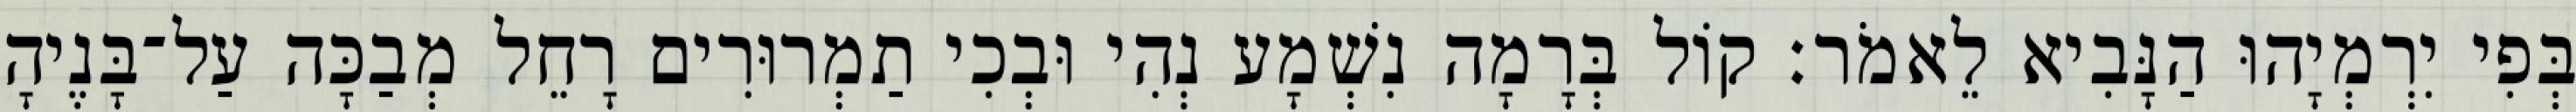
בְּפִי יִרְמְיָהוּ הַנָּבִיא לֵאמֹר׃ קוֹל בְּרָמָה נִשְׁמָע נְהִי וּבְכִי תַמְרוּרִים רָחֵל מְבַכָּה עַל־בָּנֶיהָ